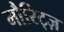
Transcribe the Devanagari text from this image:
मौरिट्ज़